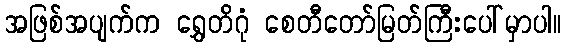
အဖြစ်အပျက်က ရွှေတိဂုံ စေတီတော်မြတ်ကြီးပေါ်မှာပါ။